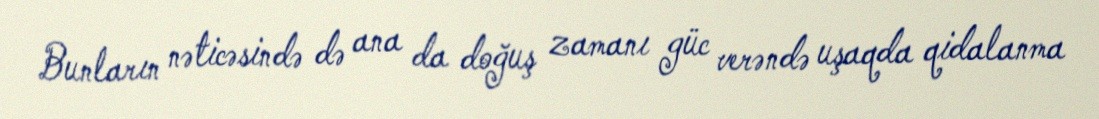
Bunların nəticəsində də ana da doğuş zamanı güc verəndə uşaqda qidalanma